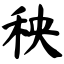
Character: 秧